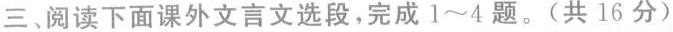
三、阅读下面课外文言文选段，完成1~4题。(共16分)